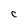
Character: C